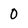
Character: 0